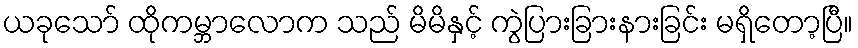
ယခုသော် ထိုကမ္ဘာလောက သည် မိမိနှင့် ကွဲပြားခြားနားခြင်း မရှိတော့ပြီ။